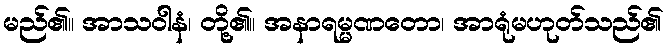
မည်၏။ အာသဝါနံ၊ တို့၏။ အနာရမ္မဏတော၊ အာရုံမဟုတ်သည်၏